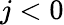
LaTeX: j<0